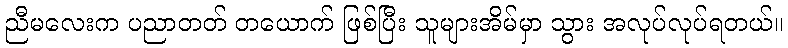
ညီမလေးက ပညာတတ် တယောက် ဖြစ်ပြီး သူများအိမ်မှာ သွား အလုပ်လုပ်ရတယ်။